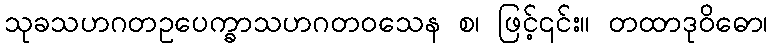
သုခသဟဂတဥပေက္ခာသဟဂတဝသေန စ၊ ဖြင့်၎င်း။ တထာဒုဝိဓော၊